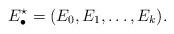
LaTeX: \begin{align*}E_{\bullet}^{\star}=(E_0, E_1, \ldots, E_k).\end{align*}